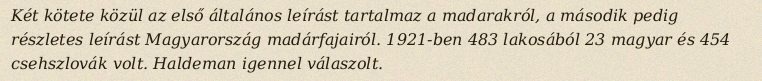
Két kötete közül az első általános leírást tartalmaz a madarakról, a második pedig részletes leírást Magyarország madárfajairól. 1921-ben 483 lakosából 23 magyar és 454 csehszlovák volt. Haldeman igennel válaszolt.